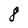
Character: 8